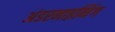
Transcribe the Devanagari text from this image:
अंडरमाइनिंग